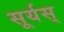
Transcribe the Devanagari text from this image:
सूर्यस्